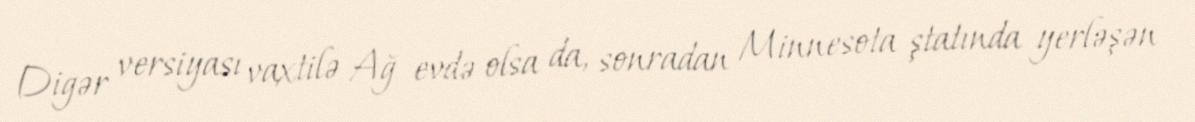
Digər versiyası vaxtilə Ağ evdə olsa da, sonradan Minnesota ştatında yerləşən